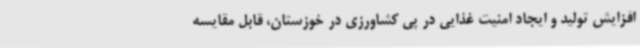
افزایش تولید و ایجاد امنیت غذایی در پی کشاورزی در خوزستان، قابل مقایسه